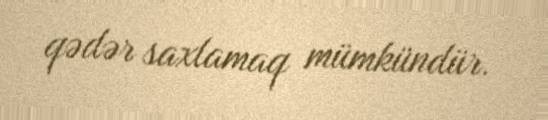
qədər saxlamaq mümkündür.